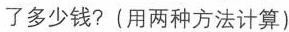
了多少钱?(用两种方法计算)